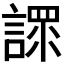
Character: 𧪟